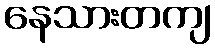
နေသားတကျ